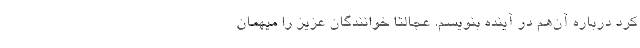
کرد درباره آن‌هم در آینده بنویسم. عجالتاً خوانندگان عزیز را میهمان